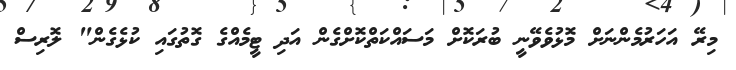
މިރޭ އަހަރުމެންނަށް މޮޅުވެވޭނީ ބުރަކޮށް މަސައްކަތްކޮށްގެން އަދި ޓީމެއްގެ ގޮތުގައި ކުޅެގެން" ލޮރިސް